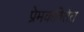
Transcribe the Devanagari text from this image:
प्रेमकवितेत